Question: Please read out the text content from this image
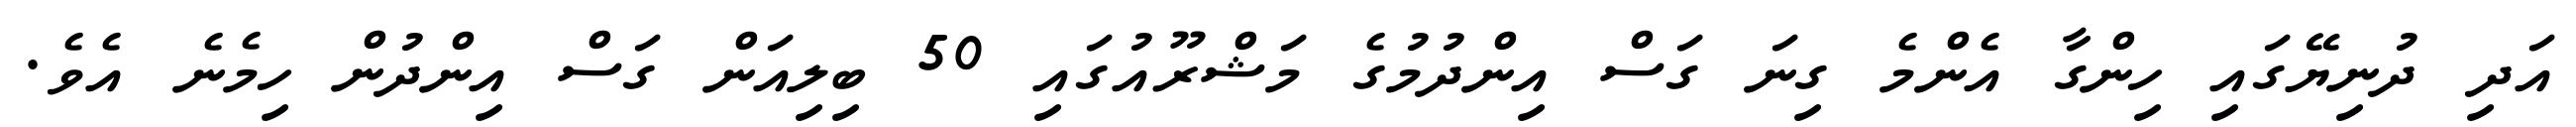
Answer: އަދި ދުނިޔޭގައި ހިންގާ އެންމެ ގިނަ ގަސް އިންދުމުގެ މަޝްރޫއުގައި 50 ބިލިއަން ގަސް އިންދުން ހިމެނެ އެވެ.